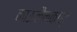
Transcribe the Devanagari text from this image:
काऊलैनकोर्ट